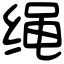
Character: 绳